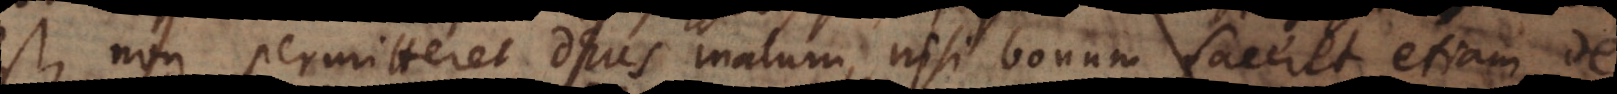
est, non permitteret Deus malum, nisi bonum faceret etiam de